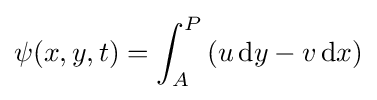
\psi (x,y,t)=\int _{A}^{P}\left(u\,\mathrm {d} y-v\,\mathrm {d} x\right)